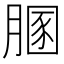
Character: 𦞢